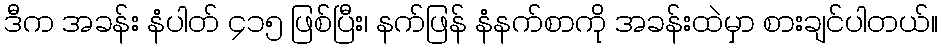
ဒီက အခန်း နံပါတ် ၄၁၅ ဖြစ်ပြီး၊ နက်ဖြန် နံနက်စာကို အခန်းထဲမှာ စားချင်ပါတယ်။